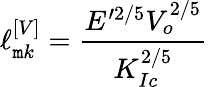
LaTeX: \ell_{\mathtt{m}k}^{\left[V\right]}=\frac{{E^{\prime2/5}V_{o}^{2/5}}}{{K_{Ic}^{2/5}}}